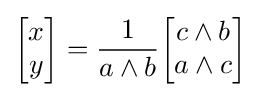
{\begin{bmatrix}x\\y\end{bmatrix}}={\frac {1}{a\wedge b}}{\begin{bmatrix}c\wedge b\\a\wedge c\end{bmatrix}}